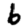
Digit: 6